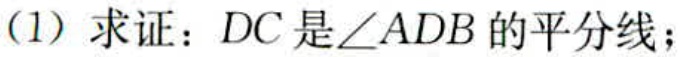
(1) 求证：\(DC\)是\(\angle ADB\)的平分线；